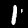
Digit: 1